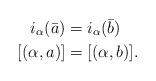
LaTeX: \begin{align*} i_\alpha(\bar{a}) &= i_\alpha(\bar{b}) \\ [(\alpha,a)] &= [(\alpha,b)].\end{align*}